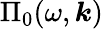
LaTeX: \Pi_{0}(\omega,\boldsymbol{k})